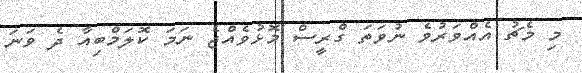
މި މެޗު އެއްވަރުވެ ނުވަތަ ގްރީސް މޮޅުވެއްޖެ ނަމަ ކޮލަމްބިއާ ދެ ވަނަ